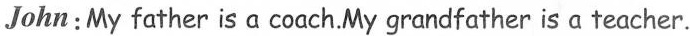
John: My father is a coach. My grandfather is a teacher.